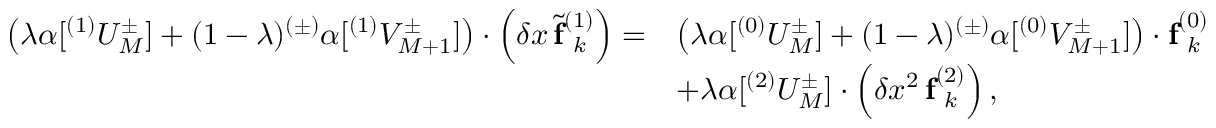
\begin{array} { r l } { \left( \lambda \boldsymbol { \alpha } [ ^ { ( 1 ) } U _ { M } ^ { \pm } ] + ( 1 - \lambda ) ^ { ( \pm ) } \boldsymbol { \alpha } [ ^ { ( 1 ) } V _ { M + 1 } ^ { \pm } ] \right) \cdot \left( \delta x \, \tilde { \mathbf { f } } _ { \hphantom { ( } k } ^ { ( 1 ) } \right) = } & { \left( \lambda \boldsymbol { \alpha } [ ^ { ( 0 ) } U _ { M } ^ { \pm } ] + ( 1 - \lambda ) ^ { ( \pm ) } \boldsymbol { \alpha } [ ^ { ( 0 ) } V _ { M + 1 } ^ { \pm } ] \right) \cdot \mathbf { f } _ { \hphantom { ( } k } ^ { ( 0 ) } } \\ & { + \lambda \boldsymbol { \alpha } [ ^ { ( 2 ) } U _ { M } ^ { \pm } ] \cdot \left( \delta x ^ { 2 } \, \mathbf { f } _ { \hphantom { ( } k } ^ { ( 2 ) } \right) , } \end{array}